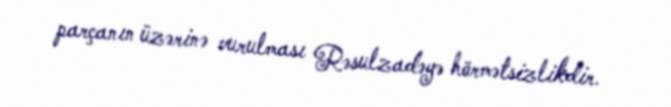
parçanın üzərinə vurulması Rəsulzadəyə hörmətsizlikdir.